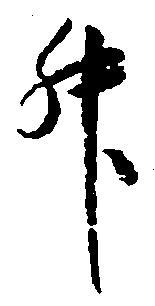
升